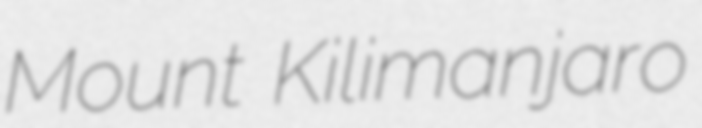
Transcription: Mount Kilimanjaro